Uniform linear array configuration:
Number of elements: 64
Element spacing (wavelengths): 0.25
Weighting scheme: cosine
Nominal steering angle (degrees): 60
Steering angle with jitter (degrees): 58.224
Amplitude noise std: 0.05
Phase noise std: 0.05

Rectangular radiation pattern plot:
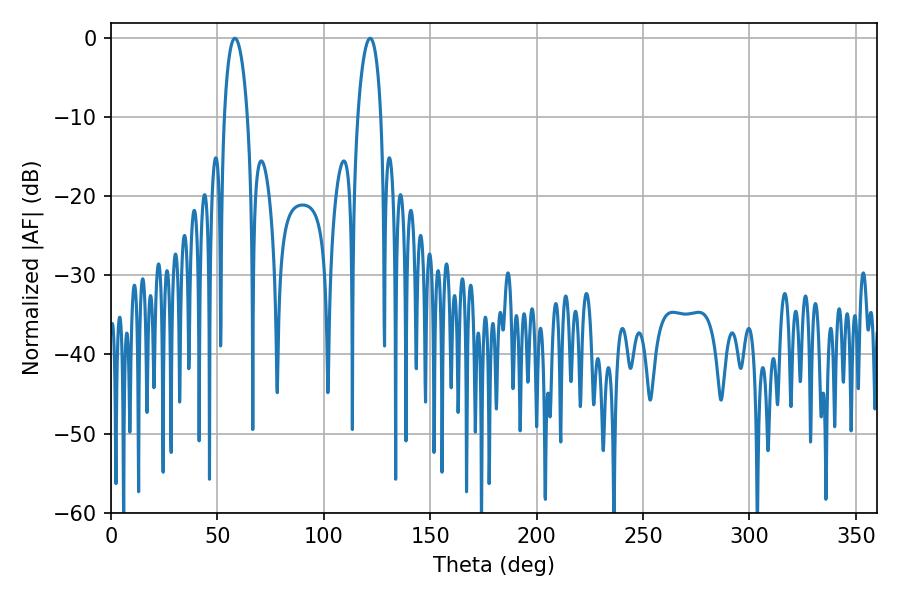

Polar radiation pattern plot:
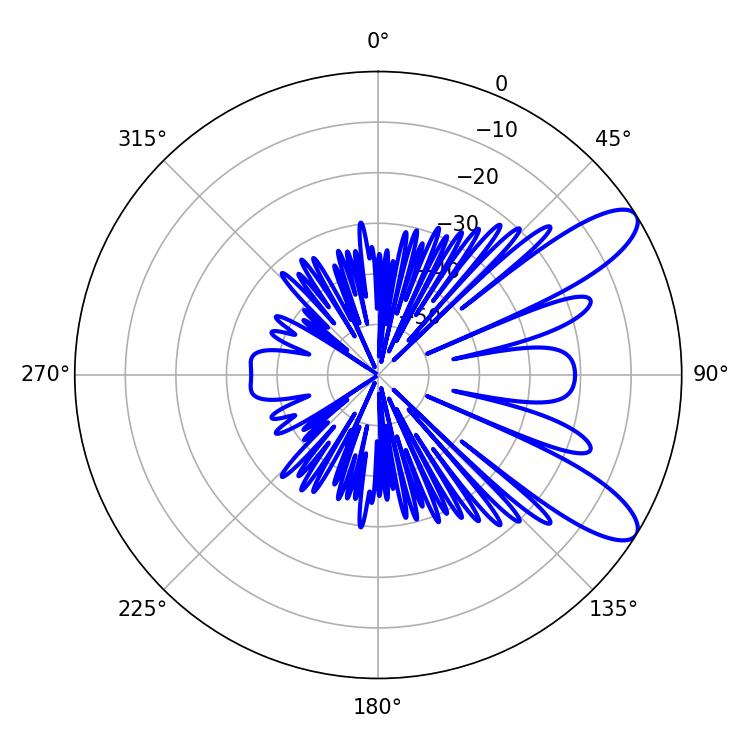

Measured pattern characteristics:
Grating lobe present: FALSE
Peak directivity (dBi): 9.903
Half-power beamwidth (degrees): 6.3
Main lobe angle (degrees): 121.68